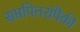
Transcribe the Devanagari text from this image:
सप्तपितरांपैकी